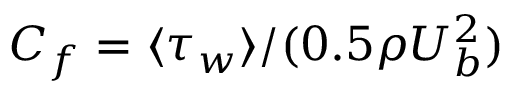
C _ { f } = \langle \tau _ { w } \rangle / ( 0 . 5 \rho U _ { b } ^ { 2 } )